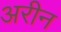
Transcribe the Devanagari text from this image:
अरीन